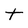
Character: t